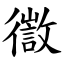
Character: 徾